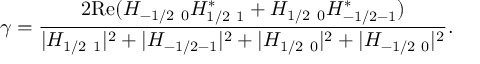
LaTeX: \gamma = \frac { 2 \mathrm { R e } ( H _ { - 1 / 2 ~ 0 } H _ { 1 / 2 ~ 1 } ^ { * } + H _ { 1 / 2 ~ 0 } H _ { - 1 / 2 - 1 } ^ { * } ) } { | H _ { 1 / 2 ~ 1 } | ^ { 2 } + | H _ { - 1 / 2 - 1 } | ^ { 2 } + | H _ { 1 / 2 ~ 0 } | ^ { 2 } + | H _ { - 1 / 2 ~ 0 } | ^ { 2 } } .